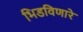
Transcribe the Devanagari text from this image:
भिडविणारे